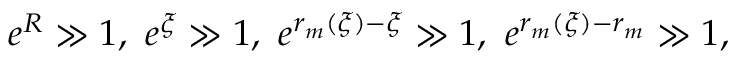
e ^ { R } \gg 1 , \, \, e ^ { \xi } \gg 1 , \, \, e ^ { r _ { m } ( \xi ) - \xi } \gg 1 , \, \, e ^ { r _ { m } ( \xi ) - r _ { m } } \gg 1 ,